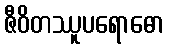
ဇီဝိတဿူပရောဓော